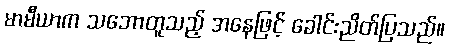
မာမီယာက သဘောတူသည့် အနေဖြင့် ခေါင်းညိတ်ပြသည်။